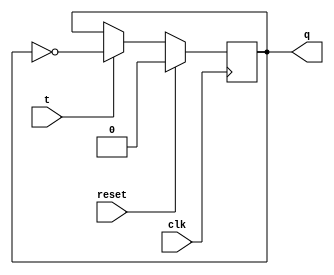
module tff(clk,reset,t,q);
input clk,reset,t;
output reg q=0;

always @ (posedge clk )
  begin
  if(reset)
    q <= 0;
  else
    if(t)
      q = ~q;
    else 
      q <= q;
    
  end
endmodule